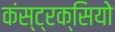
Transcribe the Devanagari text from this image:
कंस्ट्रक्सियो